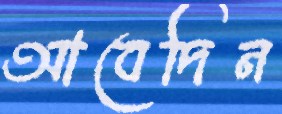
আবেদিন